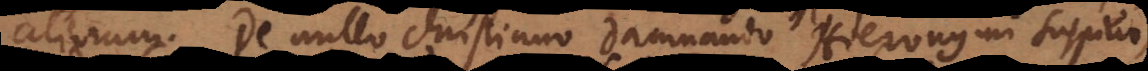
aliorum. De nullo Christiano damnando Hieronymi suspicio,